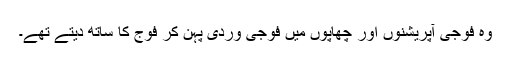
وہ فوجی آپریشنوں اور چھاپوں میں فوجی وردی پہن کر فوج کا ساتھ دیتے تھے۔